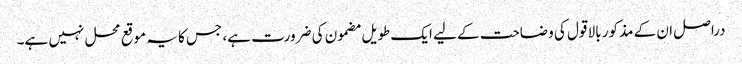
دراصل ان کے مذکور بالا قول کی وضاحت کے لیے ایک طویل مضمون کی ضرورت ہے، جس کا یہ موقع محل نہیں ہے۔